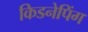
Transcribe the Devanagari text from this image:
किडनेपिंग